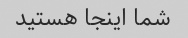
شما اینجا هستید